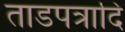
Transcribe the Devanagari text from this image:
ताडपत्रादि